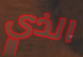
الذي